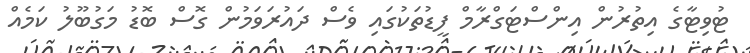
ޓުވިޓާގެ އިތުރުން އިންސްޓަގްރާމް ފީޑުތަކުގައި ވެސް ދައުރަވަމުން ގޮސް ބޮޑު މަގުބޫލު ކަމެއް